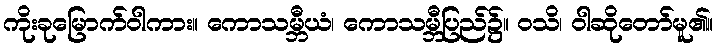
ကိုးခုမြောက်ဝါကား။ ကောသမ္ဘီယံ၊ ကောသမ္ဘီပြည်၌။ ဝသိ၊ ဝါဆိုတော်မူ၏။